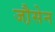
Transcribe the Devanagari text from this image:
जौ़सेन